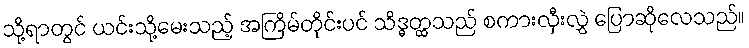
သို့ရာတွင် ယင်းသို့မေးသည့် အကြိမ်တိုင်းပင် သိဒ္ဓတ္ထသည် စကားလှီးလွှဲ ပြောဆိုလေသည်။